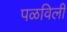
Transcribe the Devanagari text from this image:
पळविली